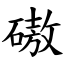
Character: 磝